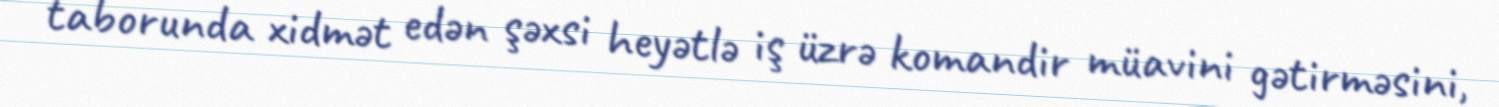
taborunda xidmət edən şəxsi heyətlə iş üzrə komandir müavini gətirməsini,